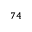
^ { 7 4 }